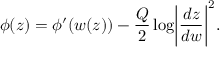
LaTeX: \phi ( z ) = \phi ^ { \prime } ( w ( z ) ) - \frac { Q } { 2 } \log \biggl | \frac { d z } { d w } \biggr | ^ { 2 } .